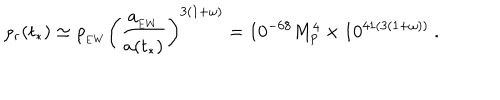
LaTeX: \rho _ { r } ( t _ { * } ) \simeq \rho _ { _ \mathrm { E W } } \left( { \frac { a _ { _ \mathrm { E W } } } { a ( t _ { * } ) } } \right) ^ { 3 ( 1 + \omega ) } = 1 0 ^ { - 6 8 } M _ { p } ^ { 4 } \times 1 0 ^ { 4 1 ( 3 ( 1 + \omega ) ) } \ .